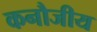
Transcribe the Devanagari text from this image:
कनौजीय